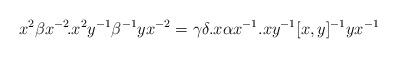
LaTeX: \begin{align*}x^2\beta{x^{-2}}\!.x^2y^{-1}\beta^{-1}yx^{-2}=\gamma\delta.x\alpha{x^{-1}}.xy^{-1}[x,y]^{-1}yx^{-1}~\end{align*}